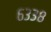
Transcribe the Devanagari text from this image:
६३३८